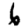
Digit: 6